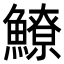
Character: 𩻻